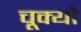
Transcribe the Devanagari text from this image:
चूक्यो